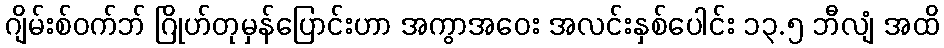
ဂျိမ်းစ်ဝက်ဘ် ဂြိုဟ်တုမှန်ပြောင်းဟာ အကွာအဝေး အလင်းနှစ်ပေါင်း ၁၃.၅ ဘီလျံ အထိ